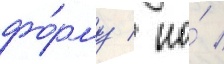
фо́рму / но́ /